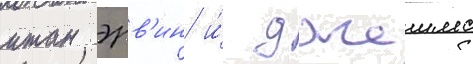
итан эрв'ин и́ джеимс